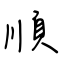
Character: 順